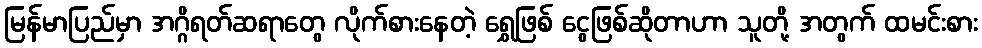
မြန်မာပြည်မှာ အဂ္ဂိရတ်ဆရာတွေ လိုက်စားနေတဲ့ ရွှေဖြစ် ငွေဖြစ်ဆိုတာဟာ သူတို့ အတွက် ထမင်းစား